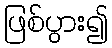
ဖြစ်ပွား၍